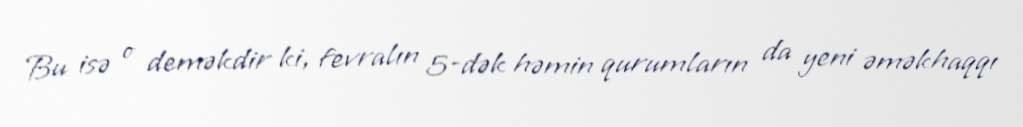
Bu isə o deməkdir ki, fevralın 5-dək həmin qurumların da yeni əməkhaqqı